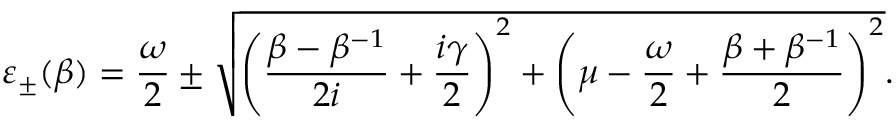
\varepsilon _ { \pm } ( \beta ) = \frac { \omega } { 2 } \pm \sqrt { \left( \frac { \beta - \beta ^ { - 1 } } { 2 i } + \frac { i \gamma } { 2 } \right) ^ { 2 } + \left( \mu - \frac { \omega } { 2 } + \frac { \beta + \beta ^ { - 1 } } { 2 } \right) ^ { 2 } } .